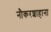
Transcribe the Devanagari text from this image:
नौकरशाहाना